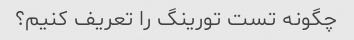
چگونه تست تورینگ را تعریف کنیم؟